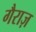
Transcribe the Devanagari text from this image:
गैराज़